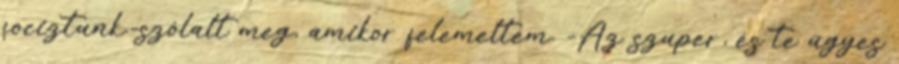
fociztunk.-szólalt meg, amikor felemeltem. -Az szuper, és te ügyes